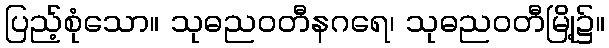
ပြည့်စုံသော။ သုဓညဝတီနဂရေ၊ သုဓညဝတီမြို့၌။